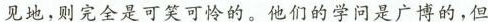
见地，则完全是可笑可怜的。他们的学问是广博的，但